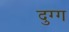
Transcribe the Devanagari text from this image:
दुग्ग